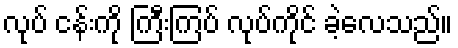
လုပ် ငန်းကို ကြီးကြပ် လုပ်ကိုင် ခဲ့လေသည်။